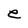
Character: e